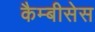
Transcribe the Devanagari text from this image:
कैम्बीसेस